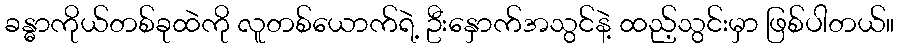
ခန္ဓာကိုယ်တစ်ခုထဲကို လူတစ်ယောက်ရဲ့ ဦးနှောက်အသွင်နဲ့ ထည့်သွင်းမှာ ဖြစ်ပါတယ်။